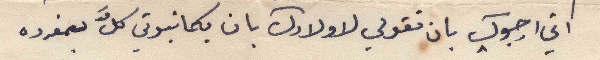
اني ارجوك بان تقولي لاولادك بان يكاتبوني كلَّ بمفرده